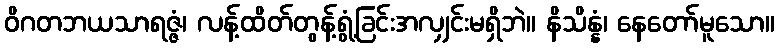
ဝိဂတဘယသာရဇ္ဇံ၊ လန့်ထိတ်တွန့်ရွံ့ခြင်းအလျှင်းမရှိဘဲ။ နိသိန္နံ၊ နေတော်မူသော။